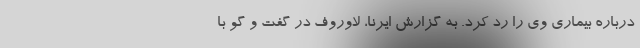
درباره بیماری وی را رد کرد. به گزارش ایرنا، لاوروف در گفت و گو با